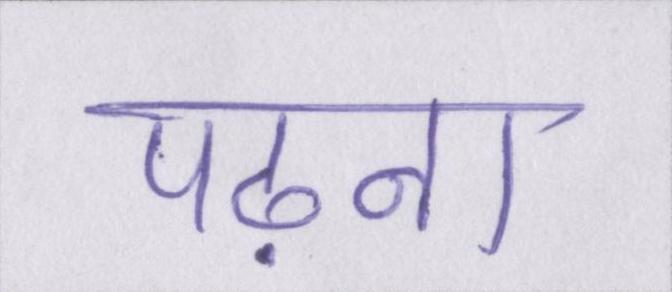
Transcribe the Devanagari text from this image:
पढ़ना